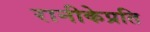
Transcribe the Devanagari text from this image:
रानीकेप्रति